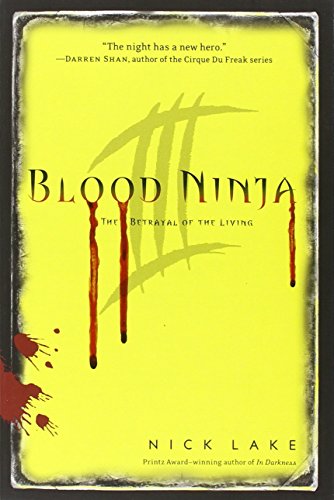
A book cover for Blood Ninja III: The Betrayal of the Living; Nick Lake; Teen & Young Adult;